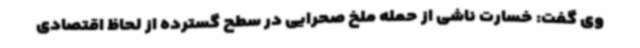
وی گفت: خسارت ناشی از حمله ملخ صحرایی در سطح گسترده از لحاظ اقتصادی